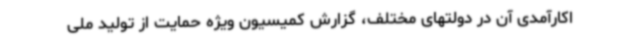
اکارآمدی آن در دولتهای مختلف، گزارش کمیسیون ویژه حمایت از تولید ملی